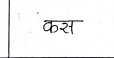
मजकूर: कस